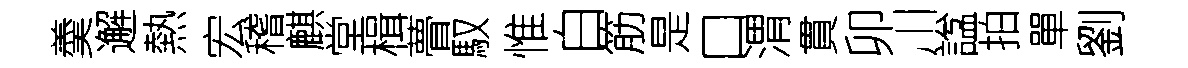
羮邂熱宏稽麒堂楫瞢馭惟白筋是口渭貫卯川諡拍單劉